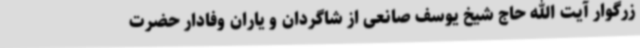
زرگوار آیت الله حاج شیخ یوسف صانعی از شاگردان و یاران وفادار حضرت